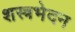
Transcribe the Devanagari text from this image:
शस्त्रभेदन